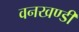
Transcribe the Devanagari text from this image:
वनखण्डी